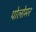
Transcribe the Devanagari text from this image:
पोलोमर